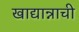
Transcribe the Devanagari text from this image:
खाद्यान्नाची